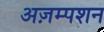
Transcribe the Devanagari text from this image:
अज़म्पशन